Plague in India, 1896, 1897 - Volume 3
Year: 1896
Disease focus: Plague
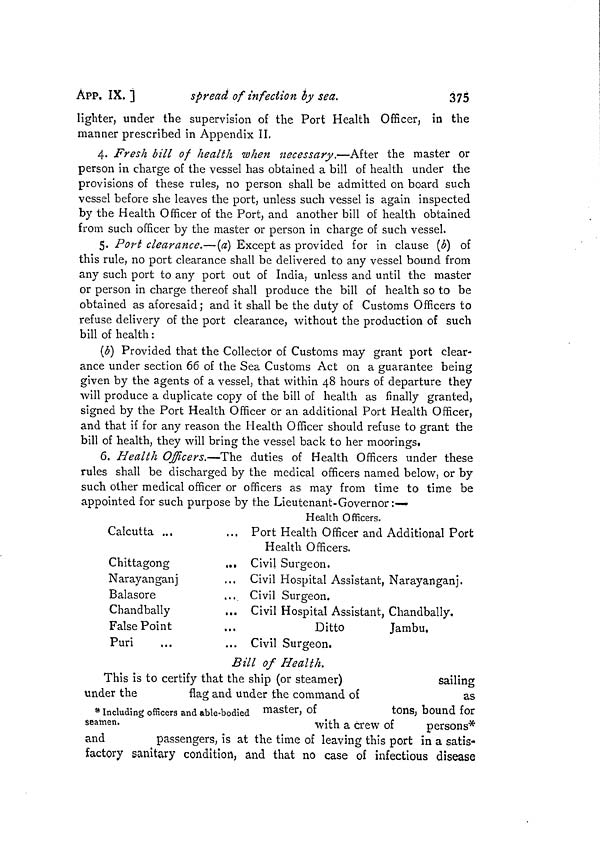
APP. IX. ]
spread of infection by sea.
375
lighter, under the supervision of the Port Health Officer, in the
manner prescribed in Appendix II.
4. Fresh bill of health when necessary.—After the master or
person in charge of the vessel has obtained a bill of health under the
provisions of these rules, no person shall be admitted on board such
vessel before she leaves the port, unless such vessel is again inspected
by the Health Officer of the Port, and another bill of health obtained
from such officer by the master or person in charge of such vessel.
5. Port clearance.— (a) Except as provided for in clause (b) of
this rule, no port clearance shall be delivered to any vessel bound from
any such port to any port out of India, unless and until the master
or person in charge thereof shall produce the bill of health so to be
obtained as aforesaid; and it shall be the duty of Customs Officers to
refuse delivery of the port clearance, without the production of such
bill of health :
(b) Provided that the Collector of Customs may grant port clear-
ance under section 66 of the Sea Customs Act on a guarantee being
given by the agents of a vessel, that within 48 hours of departure they
will produce a duplicate copy of the bill of health as finally granted,
signed by the Port Health Officer or an additional Port Health Officer,
and that if for any reason the Health Officer should refuse to grant the
bill of health, they will bring the vessel back to her moorings.
6. Health Officers.—-The duties of Health Officers under these
rules shall be discharged by the medical officers named below, or by
such other medical officer or officers as may from time to time be
appointed for such purpose by the Lieutenant-Governor :—
Health Officers.
Calcutta ...
... Port Health Officer and Additional Port
Health Officers.
Chittagong
Narayanganj
Balasore
Chandbally
False Point
Puri
,., Civil
... Civil
... Civil
... Civil
...
... Civil
Surgeon.
Hospital Assistant,
Surgeon.
Hospital Assistant,
Ditto
Surgeon.
Narayanganj.
Chandbally.
Jambu.
Bill of Health.
* Including officers and able-bodied
seamen.
This is to certify that the ship (or steamer)
sailing
under the
flag
and under the command of
as
master, of
tons, bound for
with a crew of
persons*
and
passengers, is at the time of leaving this port in a satis-
factory sanitary condition, and that no case of infectious disease